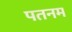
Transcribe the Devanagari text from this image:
पतनम